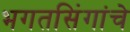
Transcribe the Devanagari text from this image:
भगतसिंगांचे